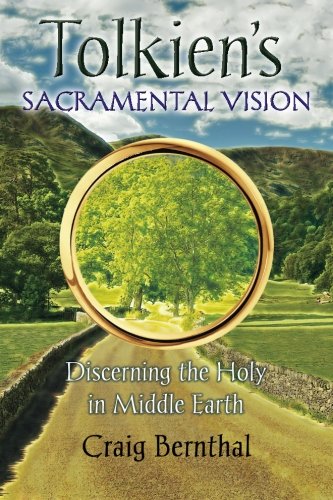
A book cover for Tolkien's Sacramental Vision: Discerning the Holy in Middle Earth; Craig Bernthal; Science Fiction & Fantasy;